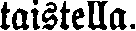
taistella.